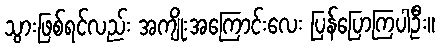
သွားဖြစ်ရင်လည်း အကျိုးအကြောင်းလေး ပြန်ပြောကြပါဦး။